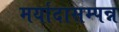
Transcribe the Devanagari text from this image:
मर्यादासम्पन्न